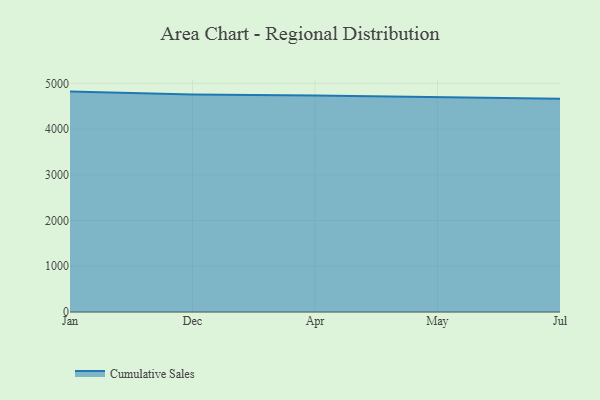
{"axis": {"x": "Month", "y": "Website Visitors"}, "legend": ["Cumulative Sales"], "data": [{"x": "Jan", "y": 4819.2, "type": "Cumulative Sales"}, {"x": "Dec", "y": 4757.5, "type": "Cumulative Sales"}, {"x": "Apr", "y": 4735.9, "type": "Cumulative Sales"}, {"x": "May", "y": 4697.2, "type": "Cumulative Sales"}, {"x": "Jul", "y": 4662.8, "type": "Cumulative Sales"}]}